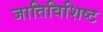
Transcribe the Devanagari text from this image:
जातिविशिष्ट